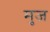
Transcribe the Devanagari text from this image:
मुज